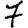
Digit: 7